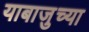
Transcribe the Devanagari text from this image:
याबाजुच्या